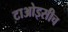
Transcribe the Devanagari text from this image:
टाओइसीच